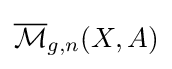
{\overline {\mathcal {M}}}_{g,n}(X,A)